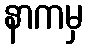
နာကမှ